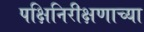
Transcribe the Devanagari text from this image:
पक्षिनिरीक्षणाच्या